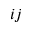
{ i j }